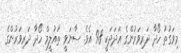
މިވަގުތު ހޯދާ ދަރިވަރުންގެ އަދަދަކީ 98 އެވެ. ސާނަވީ ތައުލީމް ހޯދާ ދަރިވަރުންގެ